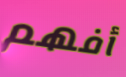
أفهم